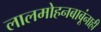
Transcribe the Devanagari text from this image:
लालमोहनबाबूंनाही